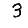
Digit: 3